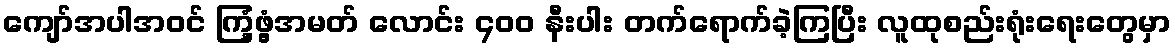
ကျော်အပါအဝင် ကြံ့ဖွံ့အမတ် လောင်း ၄၀၀ နီးပါး တက်ရောက်ခဲ့ကြပြီး လူထုစည်းရုံးရေးတွေမှာ